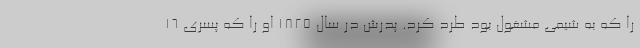
را که به شیمی مشغول بود طرد کرد. پدرش در سال ۱۸۲۵ او را که پسری ۱۶